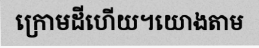
ក្រោមដីហើយ។យោងតាម